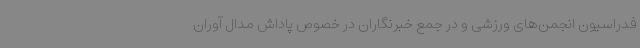
فدراسیون انجمن‌های ورزشی و در جمع خبرنگاران در خصوص پاداش مدال آوران